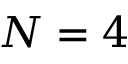
N = 4